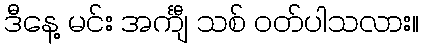
ဒီနေ့ မင်း အင်္ကျီ သစ် ဝတ်ပါသလား။